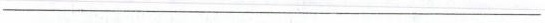
___